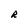
Character: R